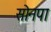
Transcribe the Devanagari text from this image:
सोनपा